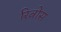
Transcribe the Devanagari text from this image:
रिबोस